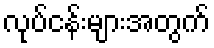
လုပ်ငန်းများအတွက်